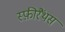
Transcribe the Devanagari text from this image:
स्फ़ीरैंथस